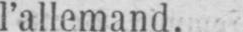
l’allemand.